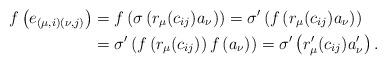
LaTeX: \begin{align*}f\left(e_{(\mu, i) (\nu, j)}\right)&=f\left(\sigma \left(r_{\mu}(c_{ij})a_{\nu}\right)\right)=\sigma'\left(f\left(r_{\mu}(c_{ij})a_{\nu}\right)\right)\\&=\sigma'\left(f\left(r_{\mu}(c_{ij})\right)f\left(a_{\nu}\right)\right)=\sigma'\left(r'_{\mu}(c_{ij})a'_{\nu}\right).\end{align*}